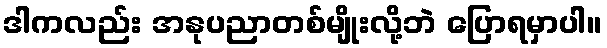
ဒါကလည်း အနုပညာတစ်မျိုးလို့ဘဲ ပြောရမှာပါ။